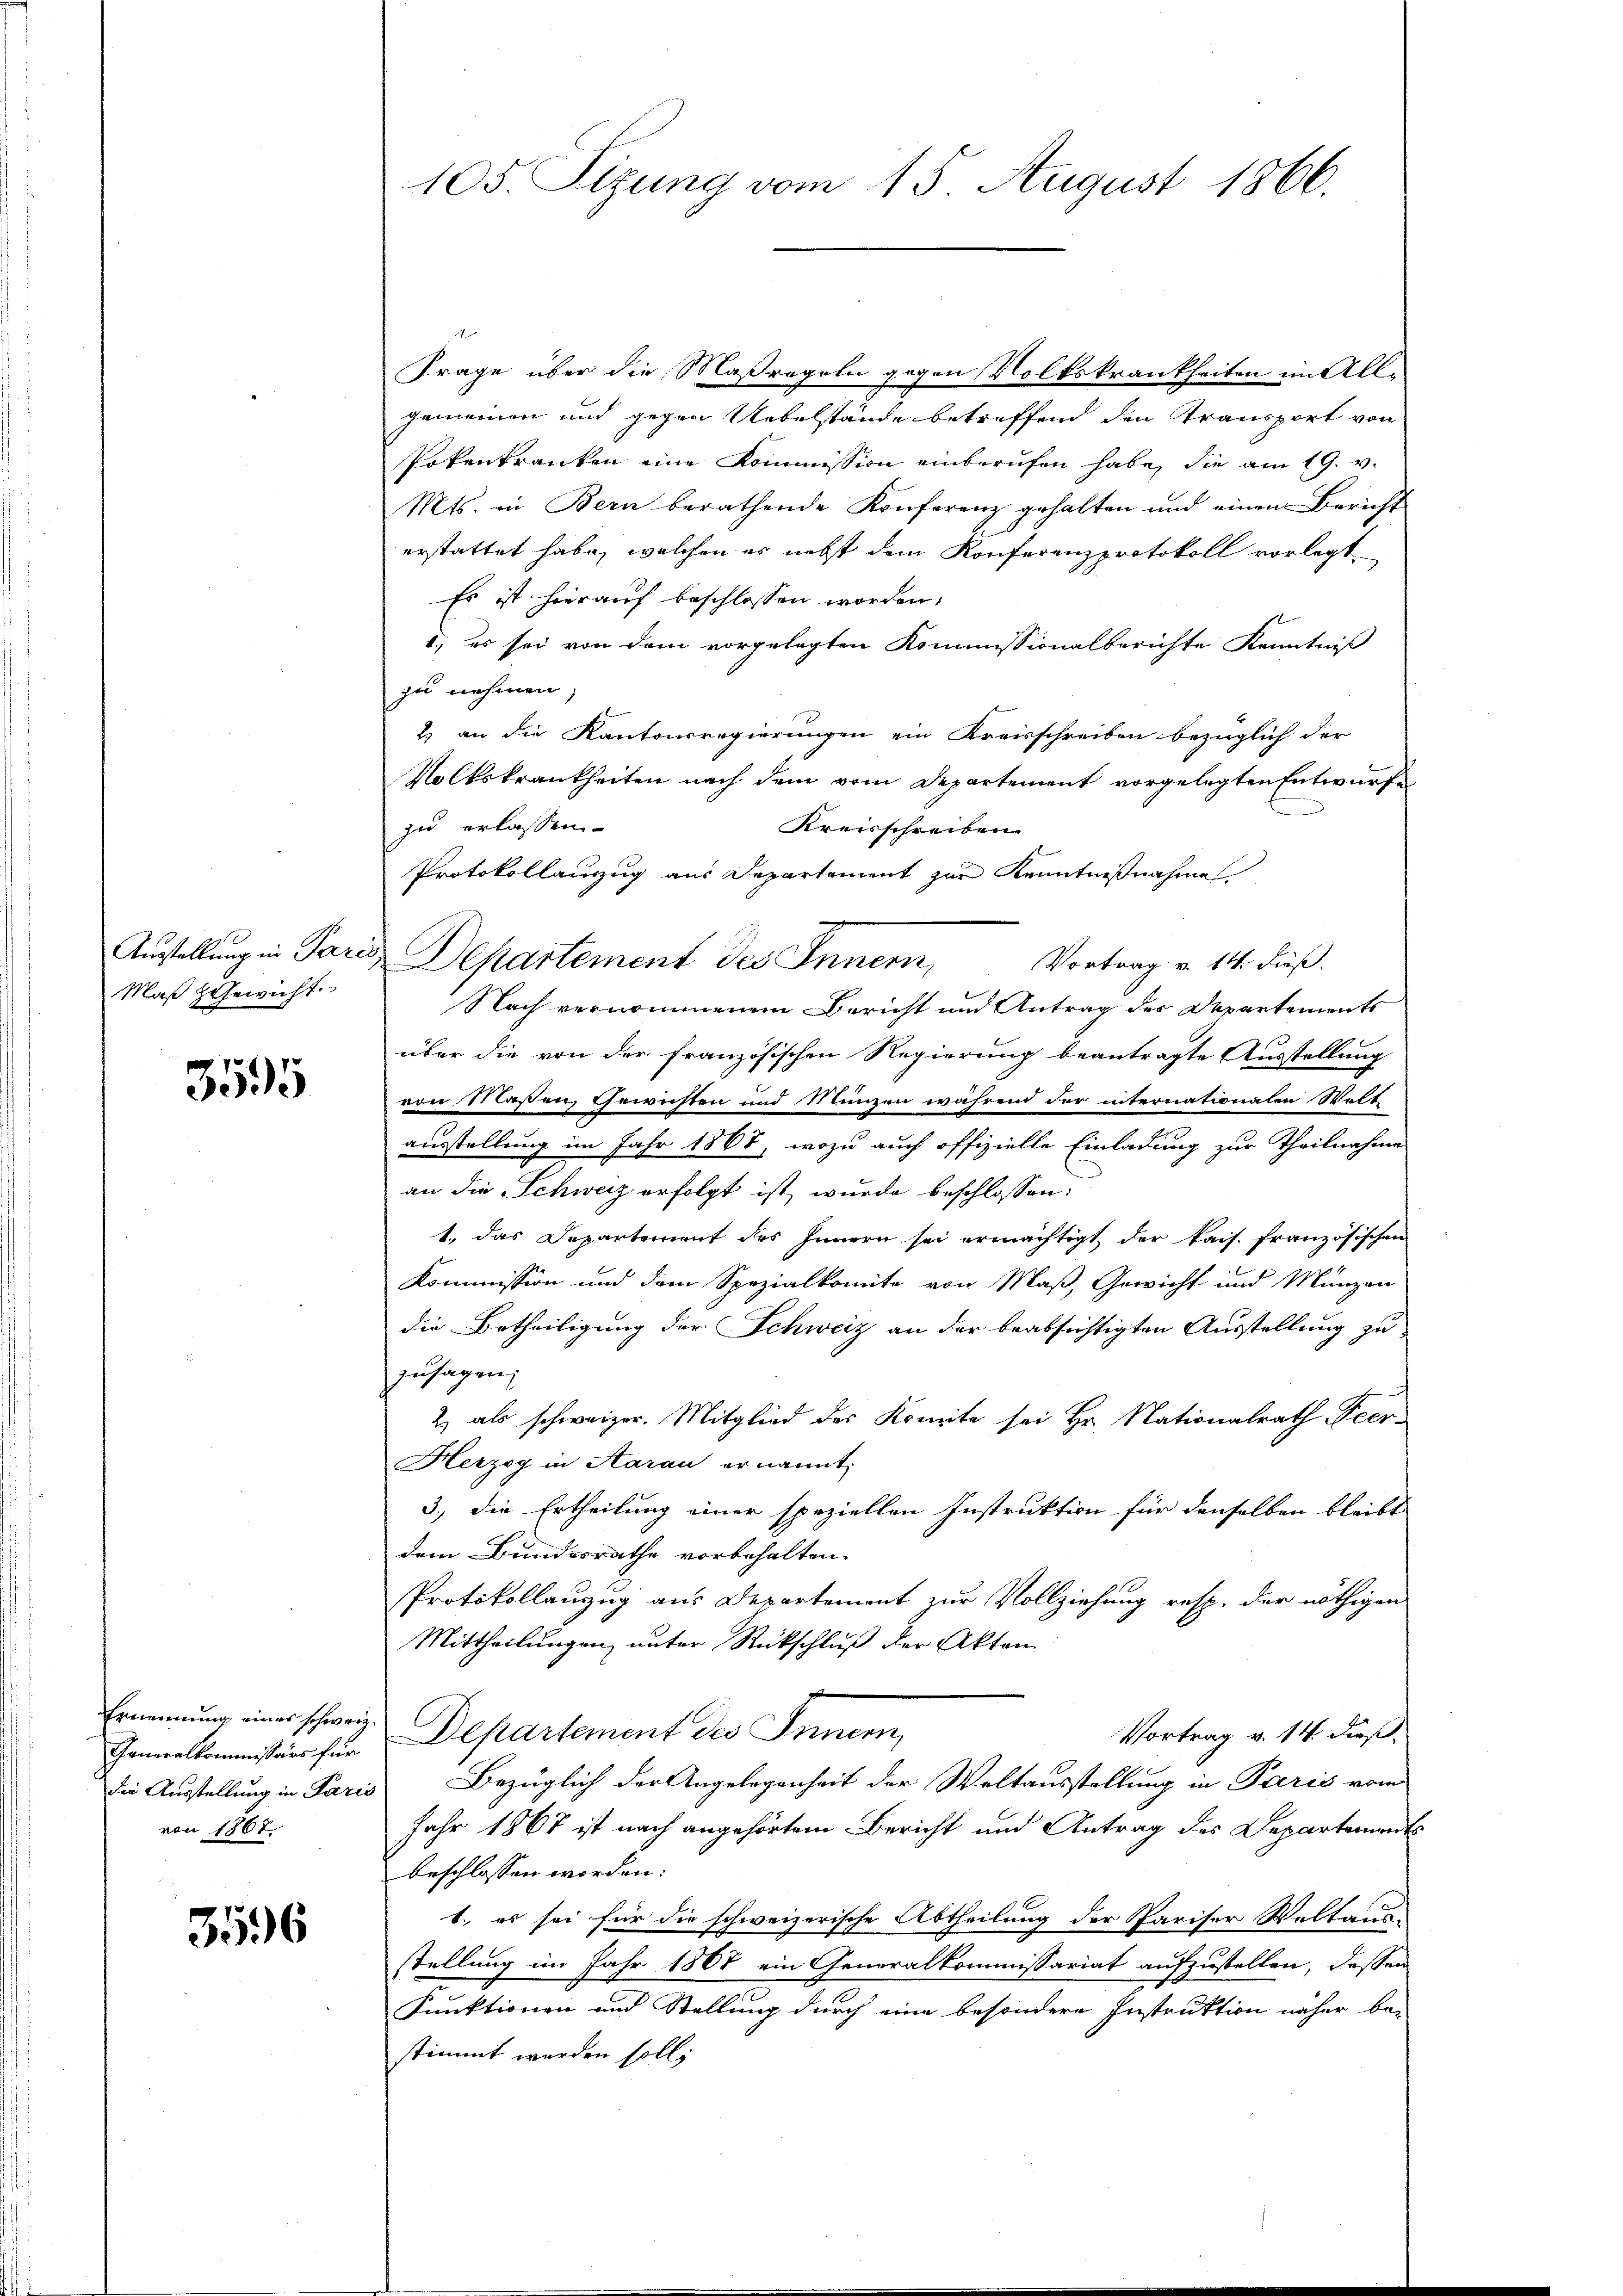
Maß & Gewicht.

3595

Generalkommissärs für
die Ausstellung in Paris
von 1867.

3596

105. Sizung vom 15. August 1866.

Frage über die Maßregeln gegen Volkskrankheiten im All-
gemeinen und gegen Uebelstände betreffend den Transport von
Erkenkranken eine Kommission einberufen habe, die am 19. v.
Mts. in Bern berathende Konferenz gehalten und einem Bericht
erstattet habe, welchen er nebst dem Konferenzprotokoll vorlegt
Es ist hierauf beschlossen worden,
1.) es sei von dem vorgelegten Kommissionalberichte Kenntniß
zu nehmen,
1) an die Kantonsregierungen ein Kreisschreiben bezüglich der
Volkskrankheiten nach dem vom Departement vorgelegten Entwurfe
zu erlassen.
Kreisschreiben
Protokollanzzug aus Departement zur Kenntnißnahme
Vortrag v. 14. dieß.
Nach vernommenem Bericht und Antrag der Departements
über die von der französischen Regierung beantragte Ausstellung
von Maßen, Gewichten und Runzen während der internationalen Welt
ausstellung im Jahr 1868, wozu auch offizielle Einladung zur Theilnahme
an die Schweiz erfolgt ist, wurde beschlossen:
1., das Departement des Innern sei ermächtigt, der kais. französischen
Kommission und dem Spezialkomite von Maß, Gewicht und Münzen
die Betheiligung der Schweiz an der beabsichtigten Ausstellung zu
zusagen;
2) als schweizer. Mitglied des Komite sei Hr. Nationalrath Peer-
Herzog in Aarau ernannt.
3.) Die Ertheilung einer speziellen Instruktion für denselben bleibt
dem Bundesrathe vorbehalten.
Protokollanzug aus Departement zur Vollziehung resp. der nöthigen
Mittheilungen, unter Rückschluß der Akten
Ernennung einer schweiz. Departement des Innern,
Vortrag v. 14. dieß.
Bezüglich der Angelegenheit der Waltausstellung in Paris vom
Jahr 1867 ist nach angehörtem Bericht und Antrag des Departements
beschlossen worden:
1. es sei für die schweizerische Abtheilung der Pariser Weltaus-
stellung im Jahr 1808 ein Generalkommissariat aufzustellen, dessen
Funktionen und Stellung durch eine besondere Instruktion näher be-
stimmt werden soll;

Austellung in Paris Departement des Innern,